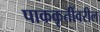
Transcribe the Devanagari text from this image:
पाककृतींवरील